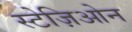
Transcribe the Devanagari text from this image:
स्टेज़िओन